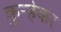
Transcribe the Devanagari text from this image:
कुऱ्हेकर